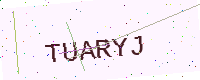
Text: TUARYJ